Annual report on the Civil Veterinary Department, Burma (including the Insein Veterinary School) - 1910-1922
Year: 1910
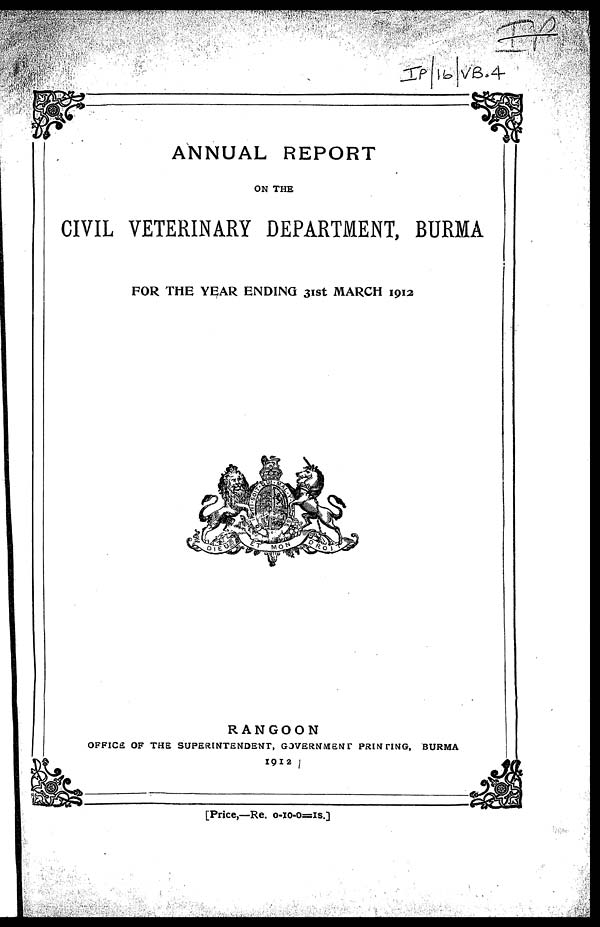
ANNUAL REPORT
ON THE
CIVIL VETERINARY DEPARTMENT, BURMA
FOR THE YEAR ENDING 31st MARCH 1012
RANGOON
OFFICE OF THE SUPERINTENDENT, GOVERNMENT PRINTING, BURMA
1912
[Price,—Re. 0-10-0=1S.]